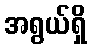
အရွယ်ရှိ